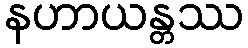
နဟာယန္တဿ